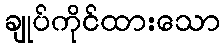
ချုပ်ကိုင်ထားသော